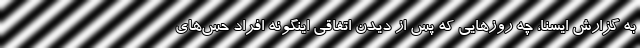
به گزارش ایسنا، چه روزهایی که پس از دیدن اتفاقی اینگونه افراد حس‌های